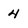
Character: 4